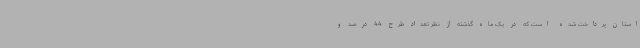
استان پرداخت شده است که در یک ماه گذشته از نظر تعداد طرح 44 درصد و